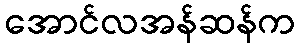
အောင်လအန်ဆန်က